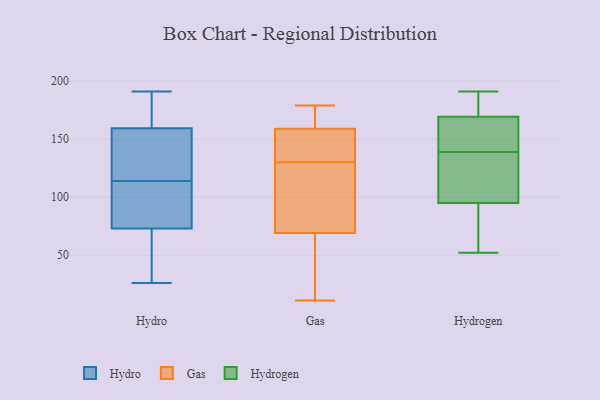
{"axis": {"x": "Waste Production (Tons)", "y": "Value"}, "legend": ["Gas", "Hydro", "Hydrogen"], "data": [{"x": "", "y": 135, "type": "Hydro"}, {"x": "", "y": 86, "type": "Hydro"}, {"x": "", "y": 152, "type": "Hydro"}, {"x": "", "y": 30, "type": "Hydro"}, {"x": "", "y": 135, "type": "Hydro"}, {"x": "", "y": 162, "type": "Hydro"}, {"x": "", "y": 26, "type": "Hydro"}, {"x": "", "y": 190, "type": "Hydro"}, {"x": "", "y": 166, "type": "Hydro"}, {"x": "", "y": 28, "type": "Hydro"}, {"x": "", "y": 36, "type": "Hydro"}, {"x": "", "y": 90, "type": "Hydro"}, {"x": "", "y": 158, "type": "Hydro"}, {"x": "", "y": 78, "type": "Hydro"}, {"x": "", "y": 191, "type": "Hydro"}, {"x": "", "y": 161, "type": "Hydro"}, {"x": "", "y": 68, "type": "Hydro"}, {"x": "", "y": 102, "type": "Hydro"}, {"x": "", "y": 115, "type": "Hydro"}, {"x": "", "y": 113, "type": "Hydro"}, {"x": "", "y": 167, "type": "Gas"}, {"x": "", "y": 11, "type": "Gas"}, {"x": "", "y": 132, "type": "Gas"}, {"x": "", "y": 169, "type": "Gas"}, {"x": "", "y": 179, "type": "Gas"}, {"x": "", "y": 71, "type": "Gas"}, {"x": "", "y": 40, "type": "Gas"}, {"x": "", "y": 65, "type": "Gas"}, {"x": "", "y": 178, "type": "Gas"}, {"x": "", "y": 158, "type": "Gas"}, {"x": "", "y": 159, "type": "Gas"}, {"x": "", "y": 157, "type": "Gas"}, {"x": "", "y": 69, "type": "Gas"}, {"x": "", "y": 128, "type": "Gas"}, {"x": "", "y": 32, "type": "Gas"}, {"x": "", "y": 89, "type": "Gas"}, {"x": "", "y": 72, "type": "Gas"}, {"x": "", "y": 136, "type": "Gas"}, {"x": "", "y": 191, "type": "Hydrogen"}, {"x": "", "y": 52, "type": "Hydrogen"}, {"x": "", "y": 161, "type": "Hydrogen"}, {"x": "", "y": 104, "type": "Hydrogen"}, {"x": "", "y": 158, "type": "Hydrogen"}, {"x": "", "y": 128, "type": "Hydrogen"}, {"x": "", "y": 92, "type": "Hydrogen"}, {"x": "", "y": 180, "type": "Hydrogen"}, {"x": "", "y": 114, "type": "Hydrogen"}, {"x": "", "y": 128, "type": "Hydrogen"}, {"x": "", "y": 61, "type": "Hydrogen"}, {"x": "", "y": 141, "type": "Hydrogen"}, {"x": "", "y": 139, "type": "Hydrogen"}, {"x": "", "y": 179, "type": "Hydrogen"}, {"x": "", "y": 172, "type": "Hydrogen"}, {"x": "", "y": 73, "type": "Hydrogen"}, {"x": "", "y": 54, "type": "Hydrogen"}, {"x": "", "y": 142, "type": "Hydrogen"}, {"x": "", "y": 179, "type": "Hydrogen"}]}